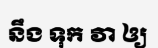
នឹង ទុក វា ឲ្យ